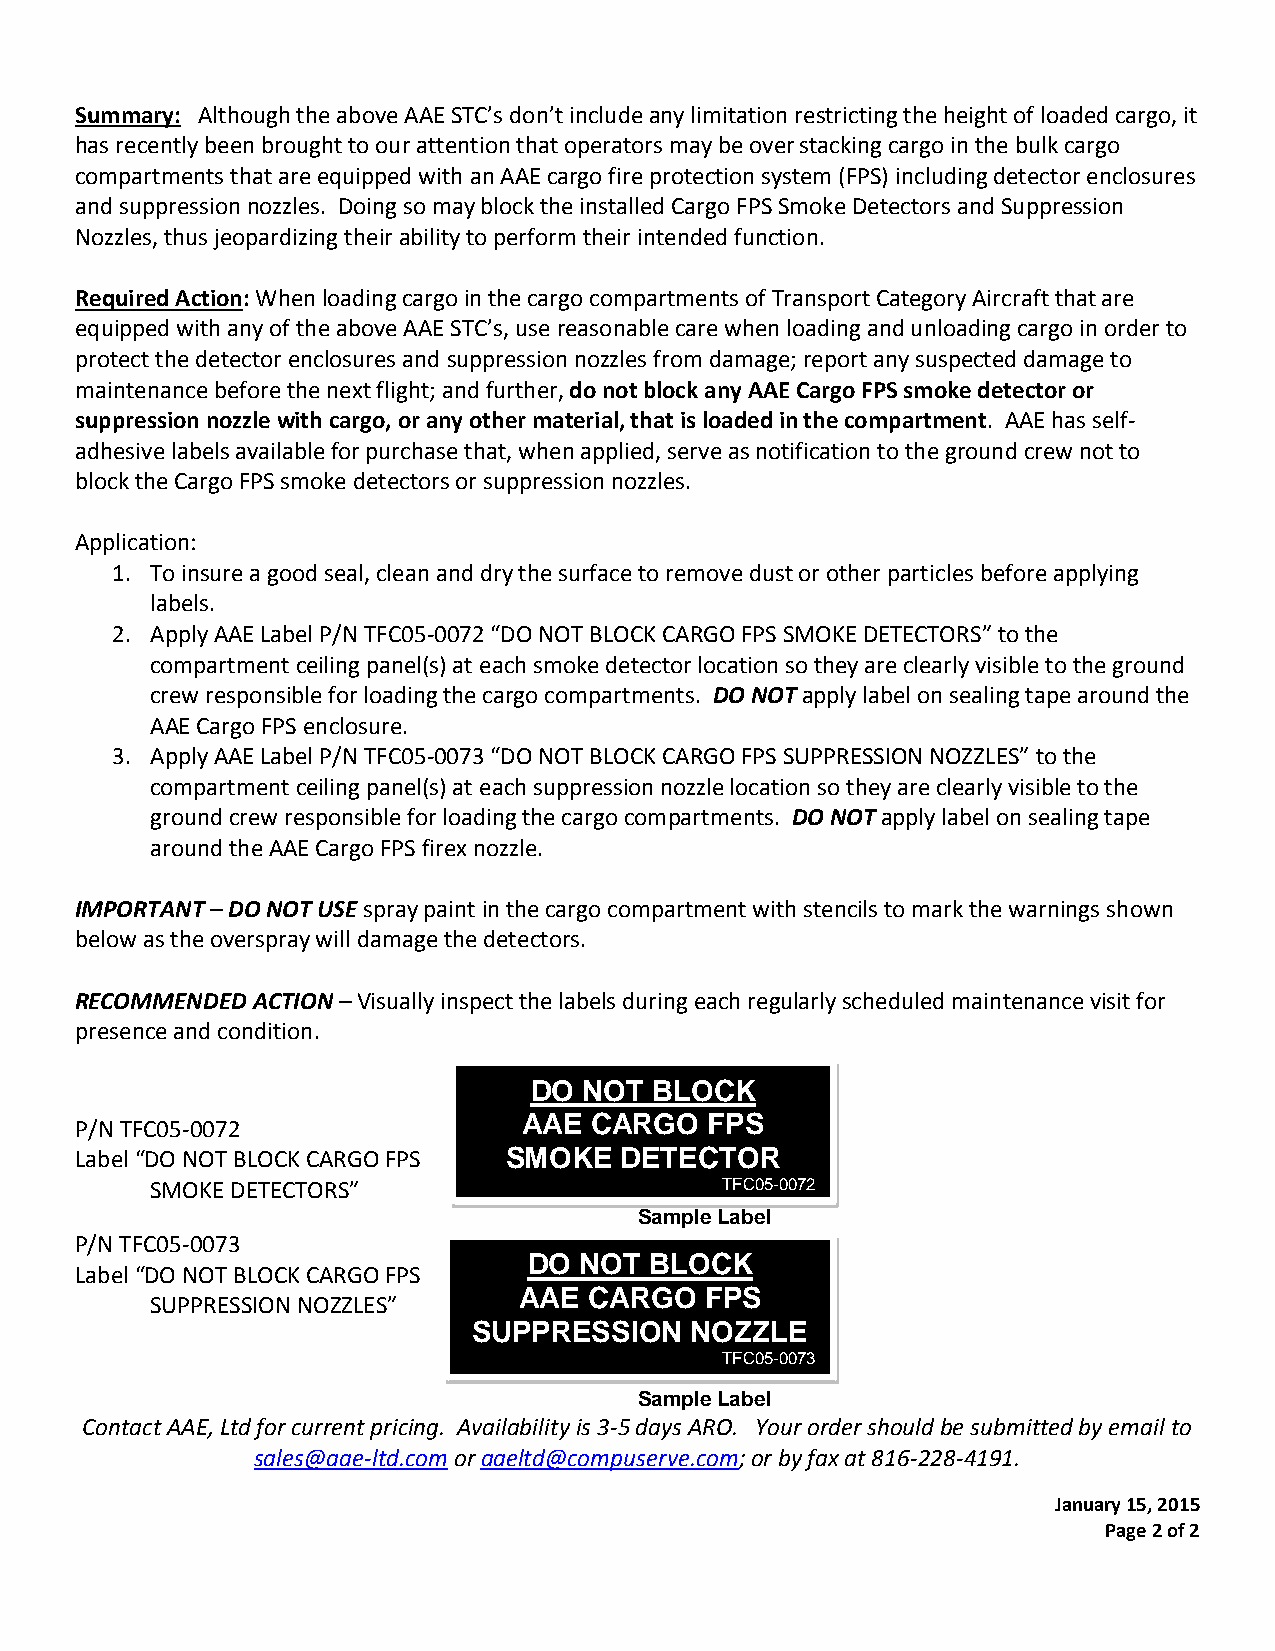
Summary: Although the above AAE STC’s don’t include any limitation restricting the height of loaded cargo, it
 has recently been brought to our attention that operators may be over stacking cargo in the bulk cargo
 compartments that are equipped with an AAE cargo fire protection system (FPS) including detector enclosures
 and suppression nozzles. Doing so may block the installed Cargo FPS Smoke Detectors and Suppression
 Nozzles, thus jeopardizing their ability to perform their intended function.
 Required Action: When loading cargo in the cargo compartments of Transport Category Aircraft that are
 equipped with any of the above AAE STC’s, use reasonable care when loading and unloading cargo in order to
 protect the detector enclosures and suppression nozzles from damage; report any suspected damage to
 maintenance before the next flight; and further, do not block any AAE Cargo FPS smoke detector or
 suppression nozzle with cargo, or any other material, that is loaded in the compartment. AAE has self-
 adhesive labels available for purchase that, when applied, serve as notification to the ground crew not to
 block the Cargo FPS smoke detectors or suppression nozzles.
 Application:
 1. To insure a good seal, clean and dry the surface to remove dust or other particles before applying
 labels.
 2. Apply AAE Label P/N TFC05-0072 “DO NOT BLOCK CARGO FPS SMOKE DETECTORS” to the
 compartment ceiling panel(s) at each smoke detector location so they are clearly visible to the ground
 crew responsible for loading the cargo compartments. DO NOT apply label on sealing tape around the
 AAE Cargo FPS enclosure.
 3. Apply AAE Label P/N TFC05-0073 “DO NOT BLOCK CARGO FPS SUPPRESSION NOZZLES” to the
 compartment ceiling panel(s) at each suppression nozzle location so they are clearly visible to the
 ground crew responsible for loading the cargo compartments. DO NOT apply label on sealing tape
 around the AAE Cargo FPS firex nozzle.
 IMPORTANT – DO NOT USE spray paint in the cargo compartment with stencils to mark the warnings shown
 below as the overspray will damage the detectors.
 RECOMMENDED ACTION – Visually inspect the labels during each regularly scheduled maintenance visit for
 presence and condition.
 DO  NOT BLOCK
 AAE CARGO   FPS
 P/N TFC05-0072
 Label “DO NOT BLOCK CARGO FPS SMOKE DETECTOR
 SMOKE DETECTORS”                      TFC05-0072
 Sample Label
 P/N TFC05-0073
 DO NOT  BLOCK
 Label “DO NOT BLOCK CARGO FPS
 AAE  CARGO   FPS
 SUPPRESSION NOZZLES”
 SUPPRESSION    NOZZLE
 TFC05-0073
 Sample Label
 Contact AAE, Ltd for current pricing. Availability is 3-5 days ARO. Your order should be submitted by email to
 sales@aae-ltd.com or aaeltd@compuserve.com; or by fax at 816-228-4191.
 January 15, 2015
 Page 2 of 2